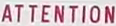
ATTENTION